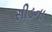
સીડના